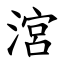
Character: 㴦